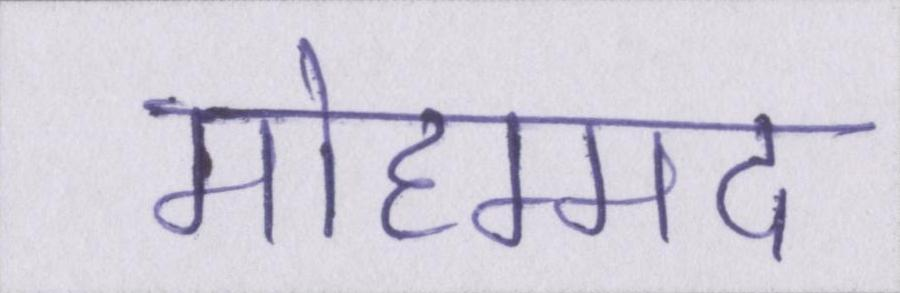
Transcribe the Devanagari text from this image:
मोहम्मद